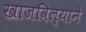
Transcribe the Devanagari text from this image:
खाजविल्याने